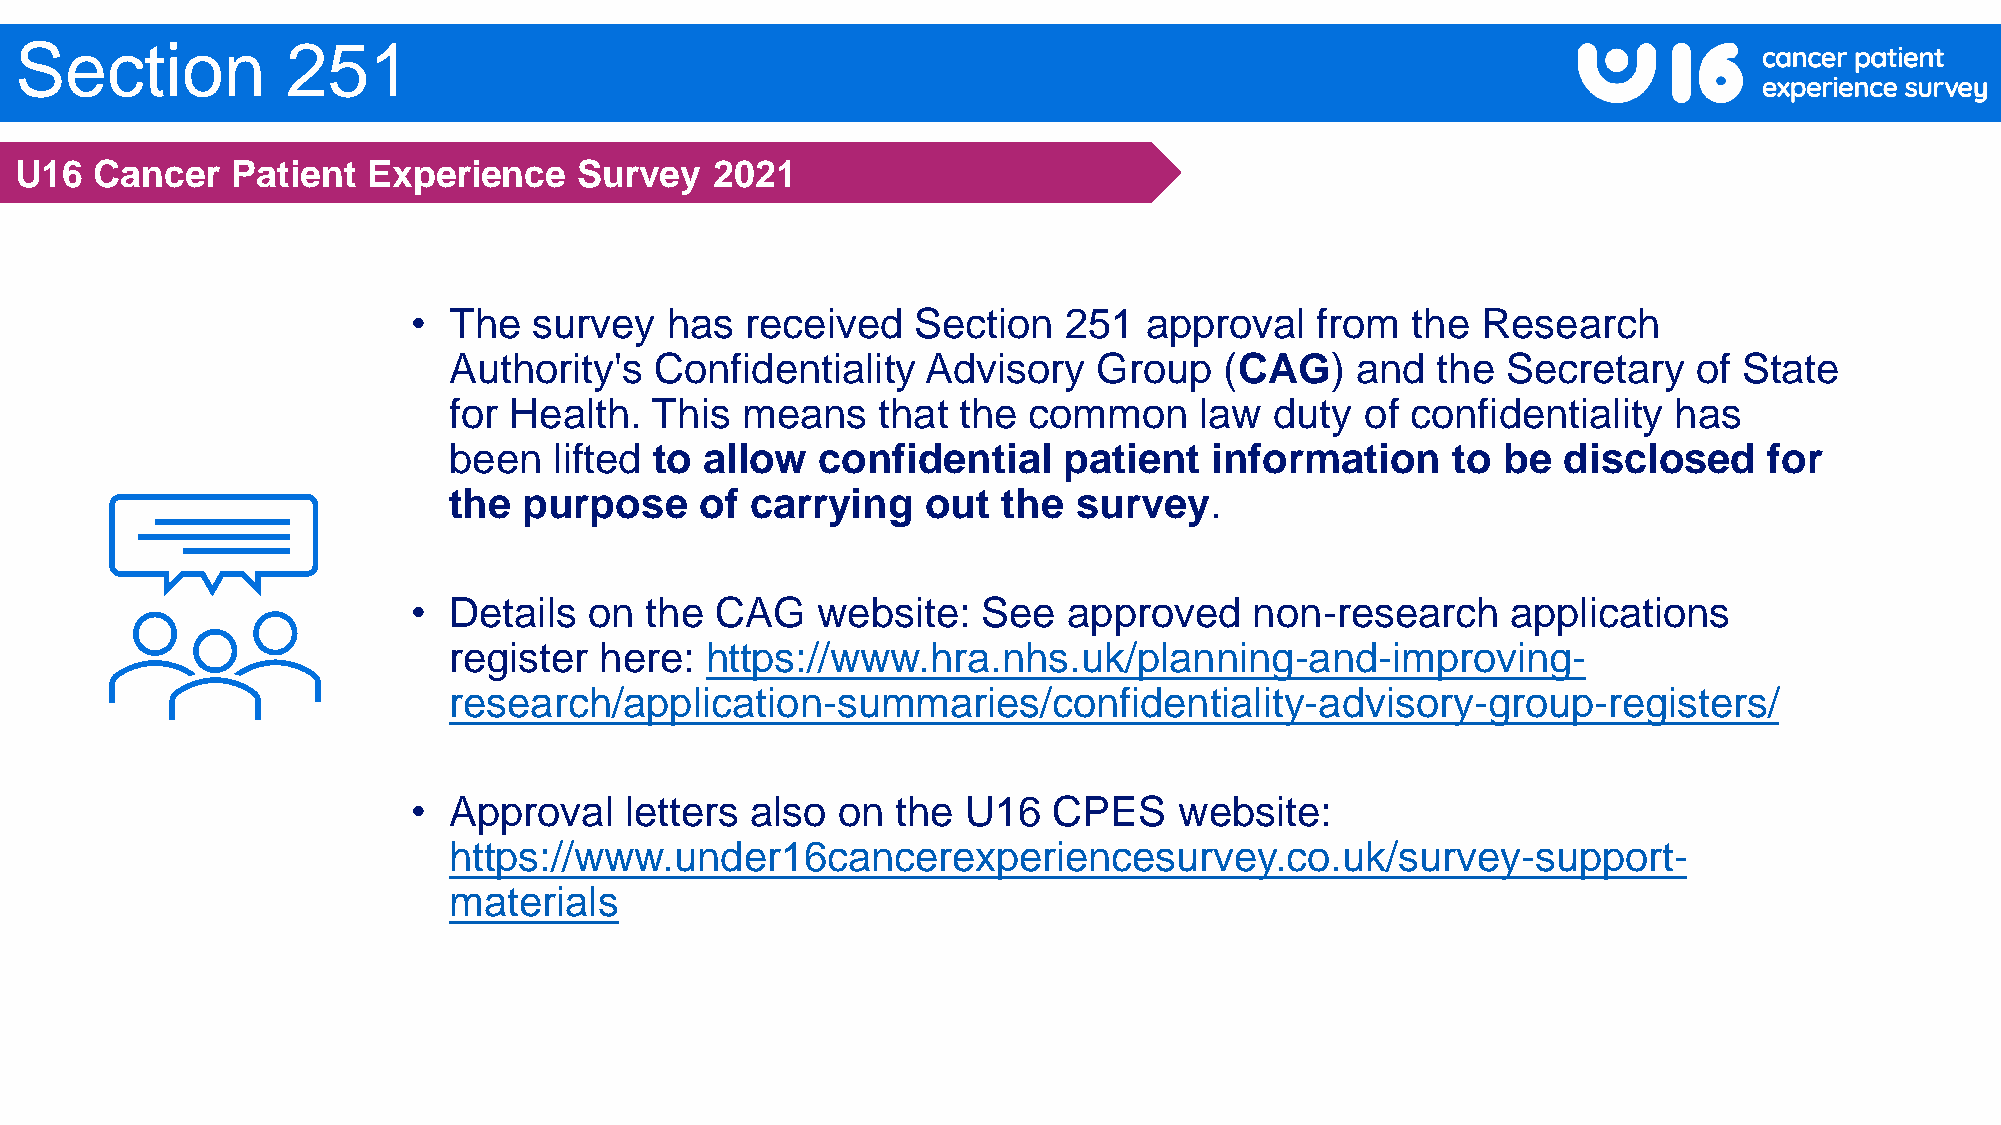
Section           251
 U16  Cancer   Patient  Experience    Survey   2021
 •  The  survey   has  received   Section   251   approval   from  the  Research
 Authority's  Confidentiality   Advisory    Group   (CAG)    and  the  Secretary   of State
 for Health.  This  means    that the  common     law  duty  of confidentiality   has
 been   lifted to allow  confidential    patient   information     to be  disclosed     for
 the  purpose    of  carrying   out  the  survey.
 •  Details  on  the CAG    website:   See   approved    non-research     applications
 register  here:  https://www.hra.nhs.uk/planning-and-improving-
 research/application-summaries/confidentiality-advisory-group-registers/
 •  Approval   letters  also on  the  U16   CPES    website:
 https://www.under16cancerexperiencesurvey.co.uk/survey-support-
 materials